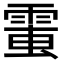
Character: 𩃘